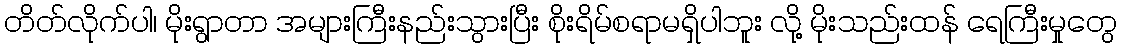
တိတ်လိုက်ပါ၊ မိုးရွာတာ အများကြီးနည်းသွားပြီး စိုးရိမ်စရာမရှိပါဘူး လို့ မိုးသည်းထန် ရေကြီးမှုတွေ